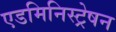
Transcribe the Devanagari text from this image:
एडमिनिस्ट्रेषन